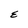
Character: E